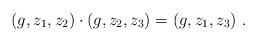
LaTeX: \begin{align*}(g,z_1,z_2) \cdot (g,z_2,z_3) = (g,z_1,z_3)\ .\end{align*}